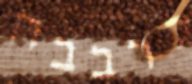
לרבבה